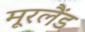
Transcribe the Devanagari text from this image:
मूरलैंड